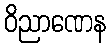
ဝိညာဏေန